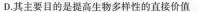
D.其主要目的是提高生物多样性的直接价值